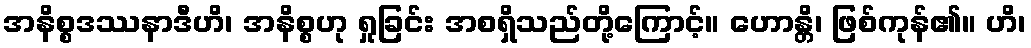
အနိစ္စဒဿနာဒီဟိ၊ အနိစ္စဟု ရှုခြင်း အစရှိသည်တို့ကြောင့်။ ဟောန္တိ၊ ဖြစ်ကုန်၏။ ဟိ၊